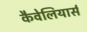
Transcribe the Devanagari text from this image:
कैवेलियार्स